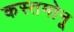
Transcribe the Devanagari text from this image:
कस्तमोनू